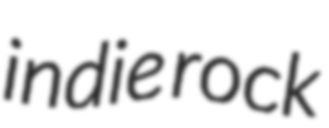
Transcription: indie rock